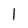
Character: l